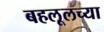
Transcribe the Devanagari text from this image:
बहलूलच्या